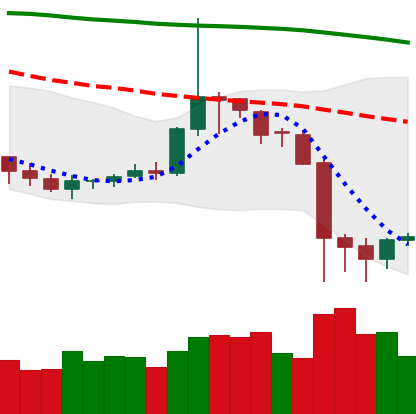
Ticker: DOGE-USD
Chart end date: 2019-09-28
Forward return: 4.073%
Label: up_3_5